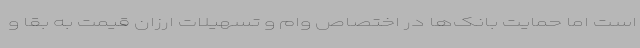
است اما حمایت بانک‌ها در اختصاص وام و تسهیلات ارزان قیمت به بقا و